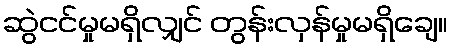
ဆွဲငင်မှုမရှိလျှင် တွန်းလှန်မှုမရှိချေ။